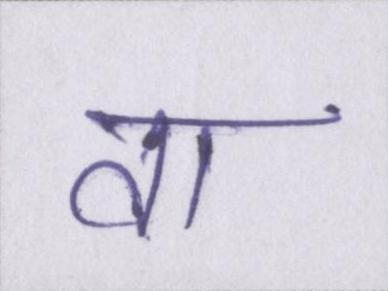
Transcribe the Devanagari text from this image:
वा